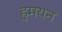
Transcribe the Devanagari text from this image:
हमयन